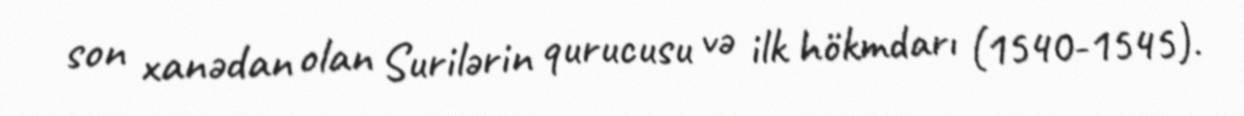
son xanədan olan Surilərin qurucusu və ilk hökmdarı (1540-1545).